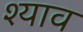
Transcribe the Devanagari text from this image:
श्याव